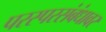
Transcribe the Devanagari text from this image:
परस्परसंबंधावर